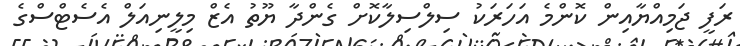
ރަފީ ޖަމިއްޔާއިން ކޮންމެ އަހަރަކު ސިލްސިލާކޮށް ގެންދާ ޔޫތު އެޒް މިލީނިއަލް އެސެޓްސްގެ